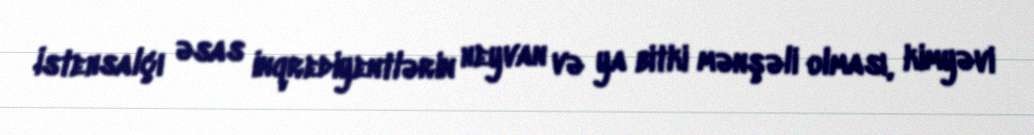
İstehsalçı əsas inqrediyentlərin heyvan və ya bitki mənşəli olması, kimyəvi